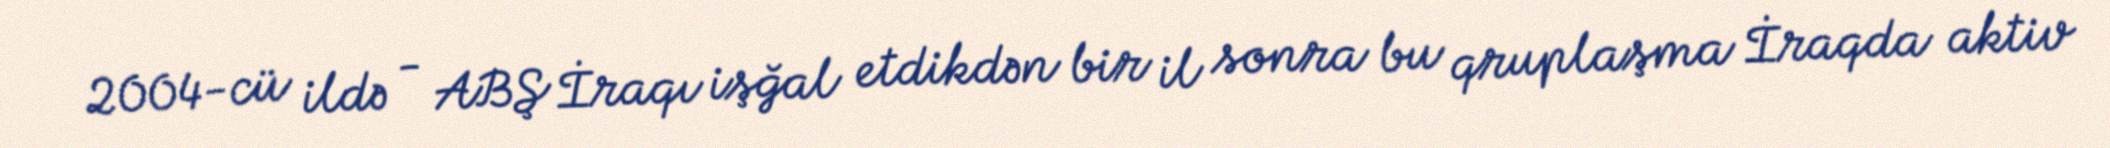
2004-cü ildə - ABŞ İraqı işğal etdikdən bir il sonra bu qruplaşma İraqda aktiv